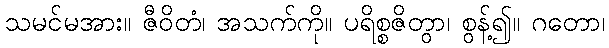
သမင်မအား။ ဇီဝိတံ၊ အသက်ကို။ ပရိစ္စဇိတွာ၊ စွန့်၍။ ဂတော၊